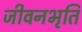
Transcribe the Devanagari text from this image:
जीवनभृति